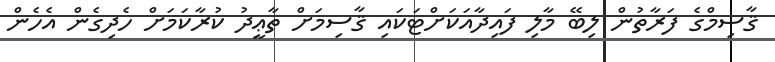
ޤާސިމްގެ ފަރާތުން ލިބޭ މާލި ފައިދާއަކަށްޓަކައި ޤާސިމަށް ތާޢީދު ކުރާކަމަށް ހެދިގެން އެހެން